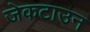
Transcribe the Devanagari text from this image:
जेकटाउन